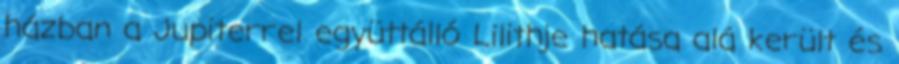
házban a Jupiterrel együttálló Lilithje hatása alá került és